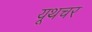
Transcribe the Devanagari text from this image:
यूथचर